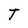
Character: T